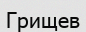
Грищев